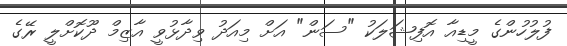
ފުލުހުންގެ މީޑިއާ އޮފިޝަލަކު "ސަން" އަށް މިއަދު ވިދާޅުވީ އާޒިމް ދޫކޮށްލީ ރޭގެ